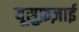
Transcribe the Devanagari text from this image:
यूसुफ़ज़ाई